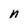
Character: n